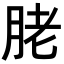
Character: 𦚱